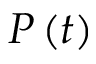
P \left( t \right)